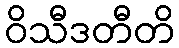
ဝိသီဒတီတိ